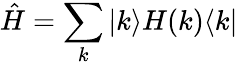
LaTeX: \hat{H}=\sum_{k}|k\rangle H(k)\langle k|